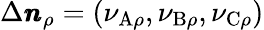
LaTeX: \Delta\pmb{n}_{\rho}=(\nu_{\mathrm{A}\rho},\nu_{\mathrm{B}\rho},\nu_{\mathrm{C}\rho})